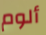
ألوم